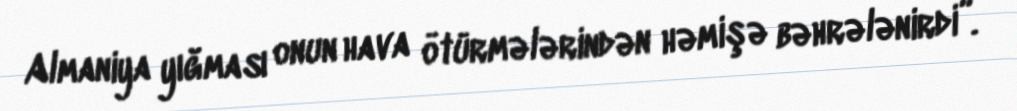
Almaniya yığması onun hava ötürmələrindən həmişə bəhrələnirdi”.